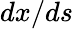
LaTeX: dx/ds